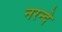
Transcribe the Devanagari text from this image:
नरन्दे